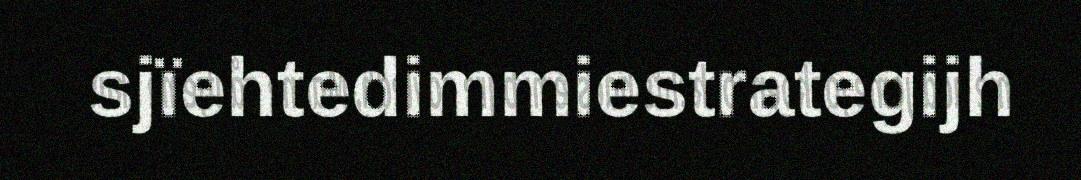
sjïehtedimmiestrategijh